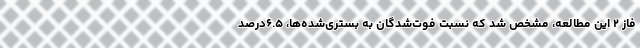
فاز ۲ این مطالعه، مشخص شد که نسبت فوت‌شدگان به بستری‌شده‌ها، ۶.۵درصد